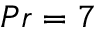
P r = 7